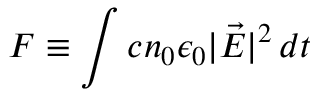
F \equiv \int c n _ { 0 } \epsilon _ { 0 } \vert \vec { E } \vert ^ { 2 } \, d t